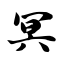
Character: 冥